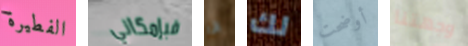
الفطيرة فبإمكاني انا لك أوضحت وجهتنا